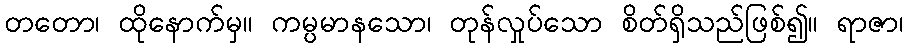
တတော၊ ထိုနောက်မှ။ ကမ္ပမာနသော၊ တုန်လှုပ်သော စိတ်ရှိသည်ဖြစ်၍။ ရာဇာ၊